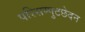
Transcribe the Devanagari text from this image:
परिसम्पुटछेदन